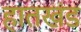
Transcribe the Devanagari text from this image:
हातखंड